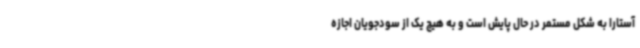
آستارا به شکل مستمر در حال پایش است و به هیچ یک از سودجویان اجازه